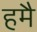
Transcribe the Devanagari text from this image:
हमै